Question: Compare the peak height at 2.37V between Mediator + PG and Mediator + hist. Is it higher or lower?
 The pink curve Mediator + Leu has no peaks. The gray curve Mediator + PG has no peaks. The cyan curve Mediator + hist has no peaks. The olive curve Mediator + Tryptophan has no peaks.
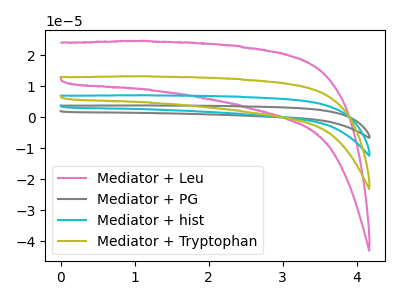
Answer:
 <answer>"Mediator + PG" and "Mediator + hist" dont share a peak at 2.37V.</answer>
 <eval>mismatch</eval>